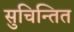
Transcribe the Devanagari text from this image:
सुचिन्तित